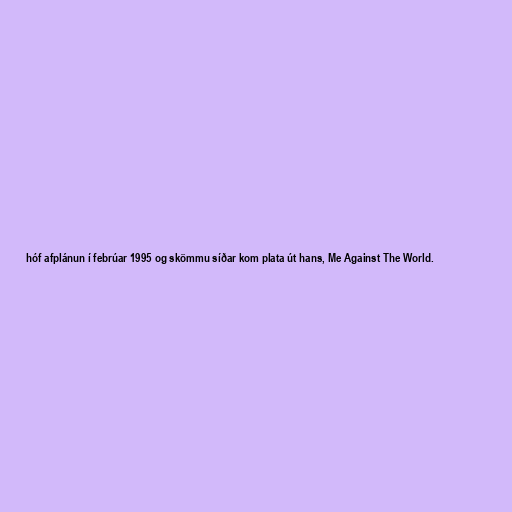
hóf afplánun í febrúar 1995 og skömmu síðar kom plata út hans, Me Against The World.